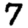
Digit: 7